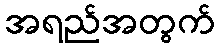
အရည်အတွက်